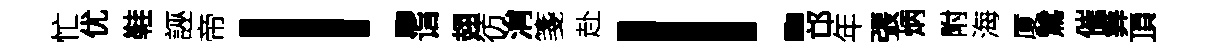
忙优鞋誣帝！诣翅彷㳙箋赴！邙年張炳附海厦鷥催筭頂